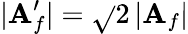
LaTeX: |{\cal\mathbf{A}}_{f}^{\prime}|=\sqrt{}{{2}}\, |{\cal\mathbf{A}}_{f}|